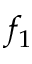
f _ { 1 }